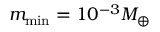
m _ { \operatorname* { m i n } } = 1 0 ^ { - 3 } M _ { \oplus }